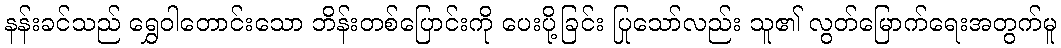
နန်းခင်သည် ရွှေဝါတောင်းသော ဘိန်းတစ်ပြောင်းကို ပေးပို့ခြင်း ပြုသော်လည်း သူ၏ လွတ်မြောက်ရေးအတွက်မူ